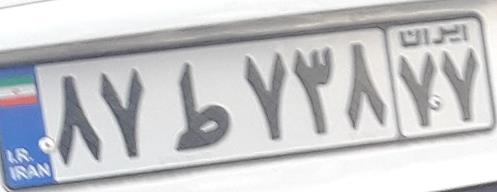
۸۷ط۷۳۸۷۷